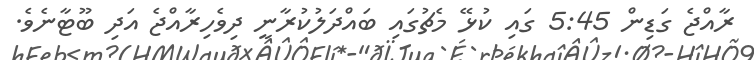
ރާއްޖެ ގަޑިން 5:45 ގައި ކުޅޭ މެޗުގައި ބައްދަލުކުރާނީ ދިވެހިރާއްޖެ އަދި ބޫޓާނެވެ.